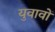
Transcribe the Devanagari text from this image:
युवावों